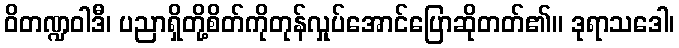
ဝိတဏ္ဍဝါဒီ၊ ပညာရှိတို့စိတ်ကိုတုန်လှုပ်အောင်ပြောဆိုတတ်၏။ ဒုရာသဒေါ၊